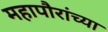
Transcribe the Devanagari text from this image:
महापौरांच्या